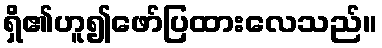
ရှိ၏ဟူ၍ဖော်ပြထားလေသည်။